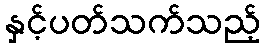
နှင့်ပတ်သက်သည့်